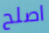
اصلح